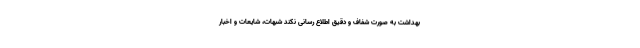
بهداشت به صورت شفاف و دقیق اطلاع رسانی نکند شبهات، شایعات و اخبار